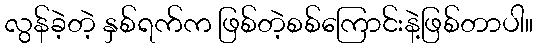
လွန်ခဲ့တဲ့ နှစ်ရက်က ဖြစ်တဲ့စစ်ကြောင်းနဲ့ဖြစ်တာပါ။